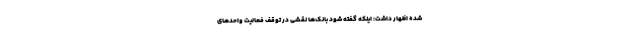
شده اظهار داشت: اینکه گفته شود بانک‌ها نقشی در توقف فعالیت واحدهای